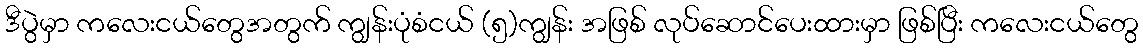
ဒီပွဲမှာ ကလေးငယ်တွေအတွက် ကျွန်းပုံစံငယ် (၅)ကျွန်း အဖြစ် လုပ်ဆောင်ပေးထားမှာ ဖြစ်ပြီး ကလေးငယ်တွေ